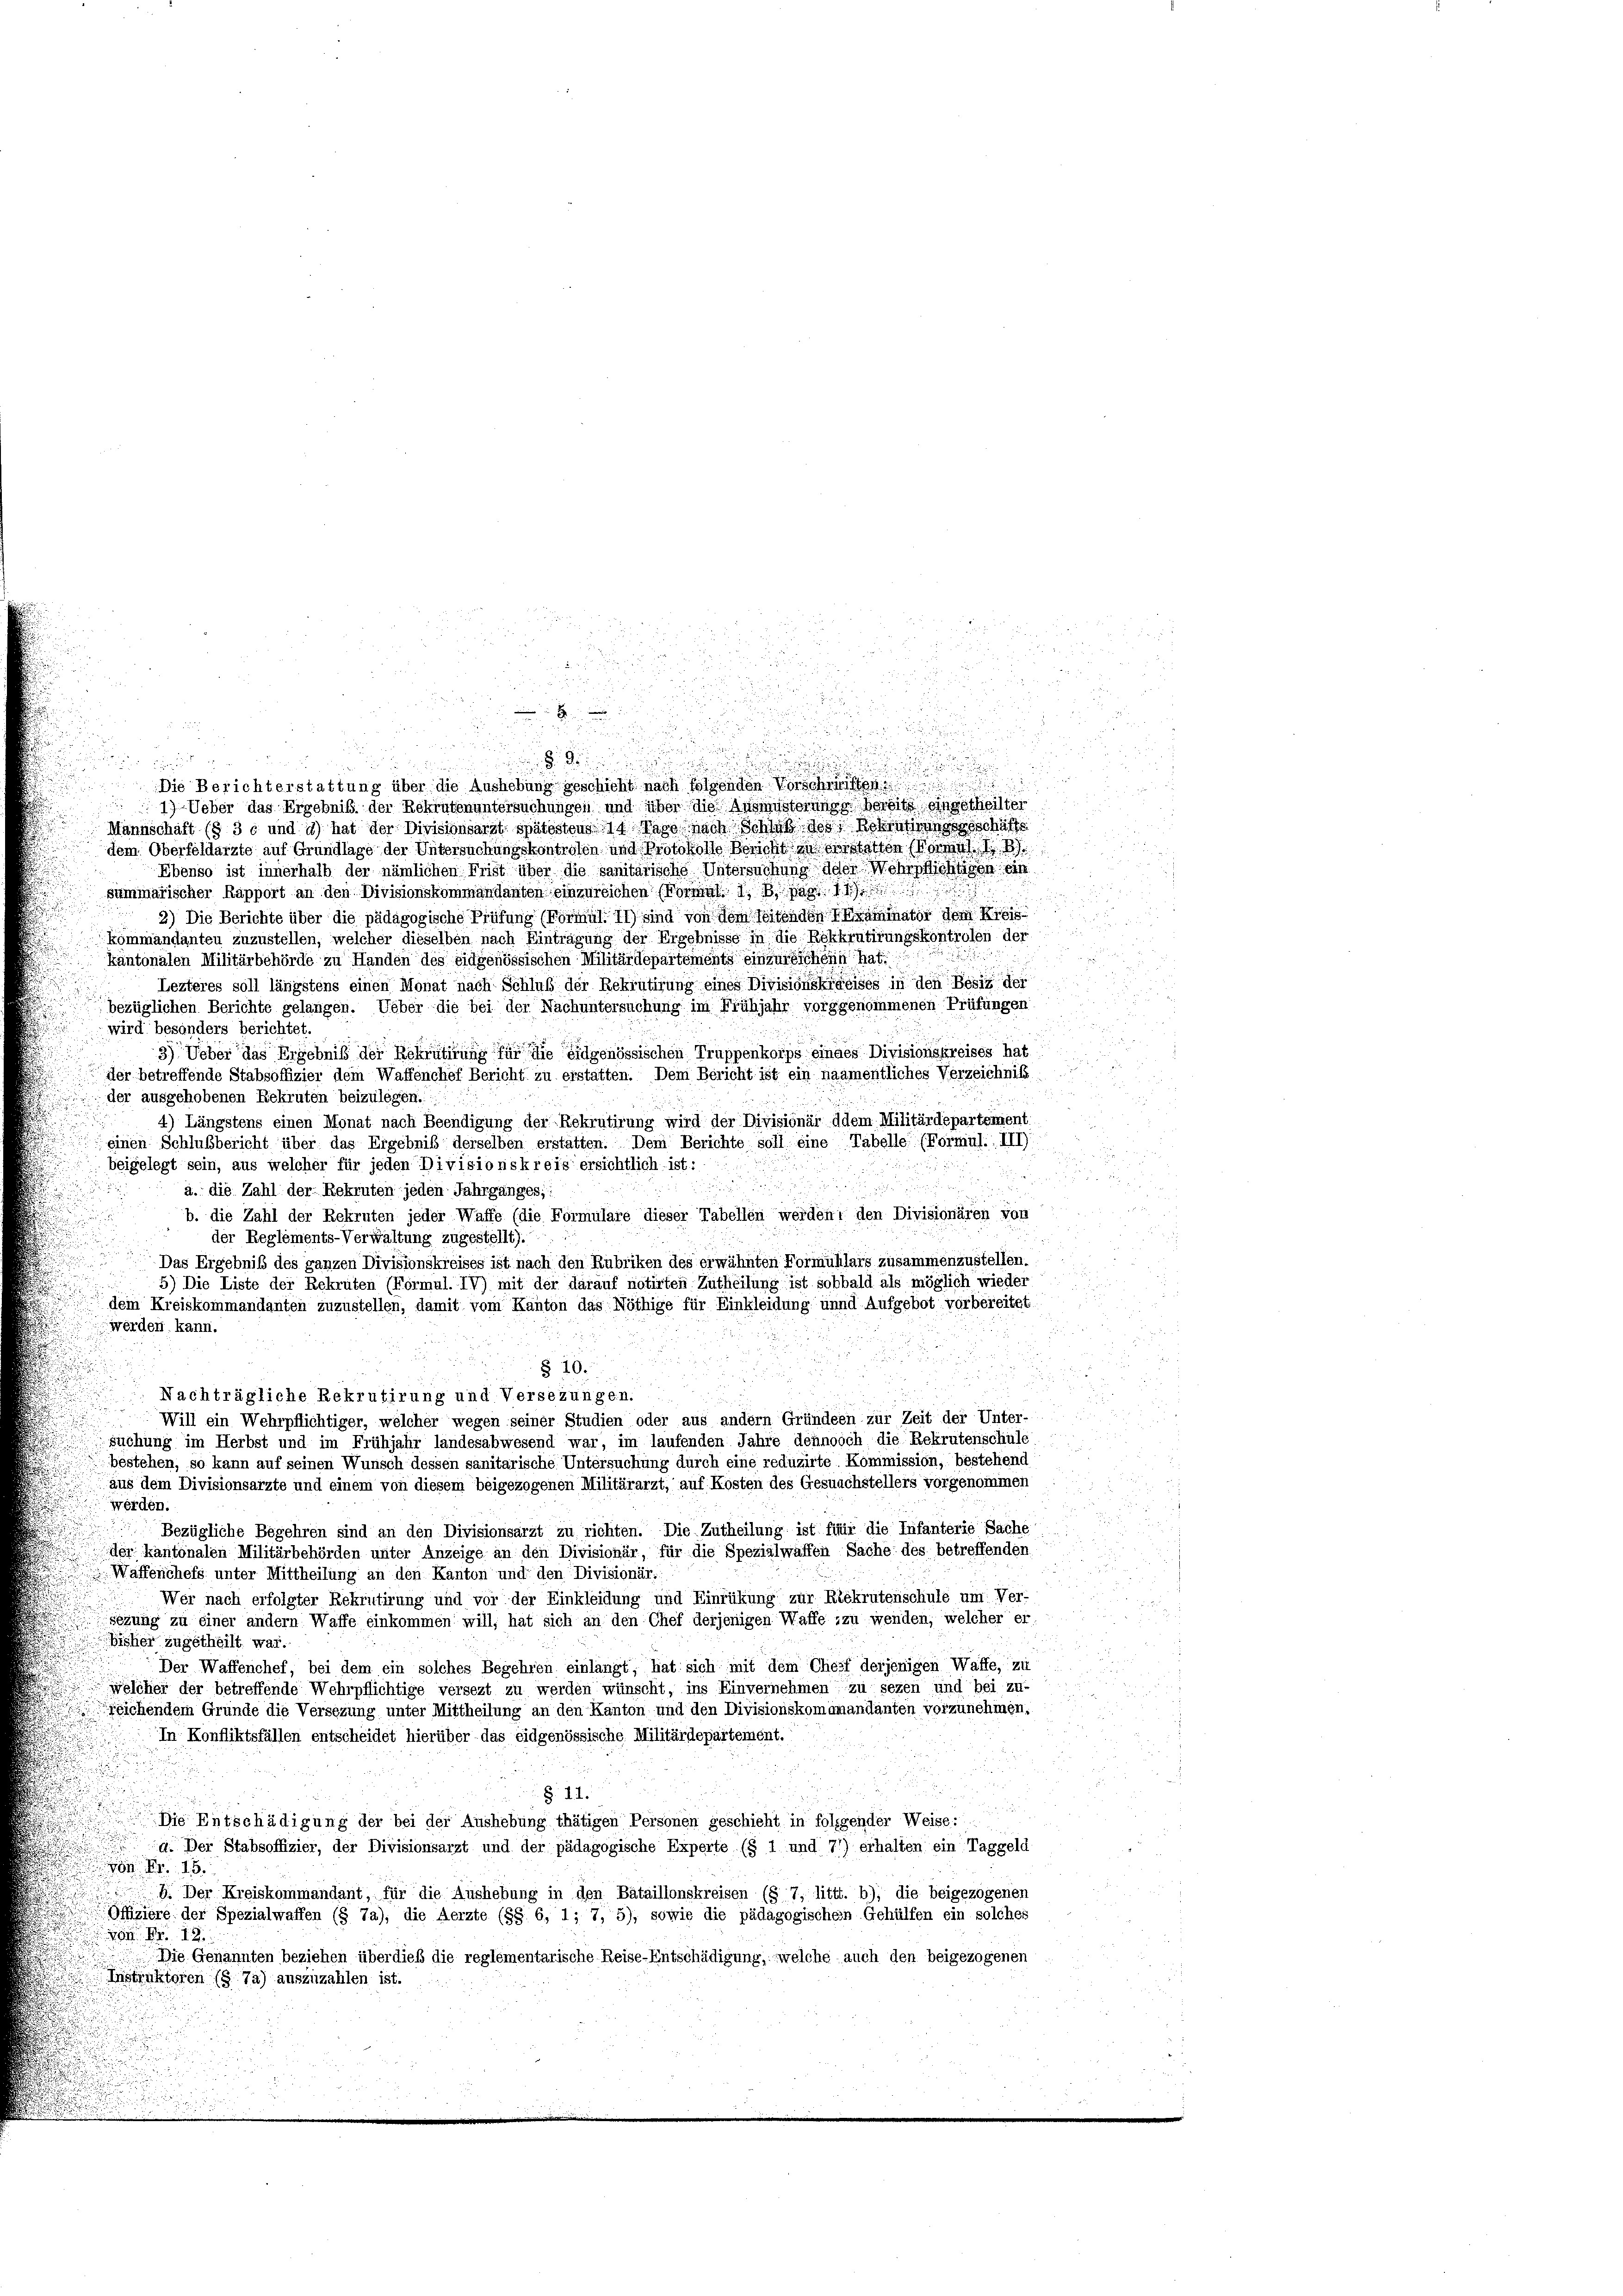
2

2

r
e

17.

Die Berichterstattung über die Aushebung geschicht nach folgenden Vorschweiften
19-Ueber das Ergebnis, der Rekrutenuntersuchungen und über die Ausmüsterungs bereits eingetheilter
Mannschaft (§ 3 c und d) hat der Divisionsarzt spätestens 14. Tage nach Schlaß des Rekrutingeschäft
dem Oberfeldärzte auf Grundlage der Untersuchungskontrolen, und Protokolle Bericht in Forstatten (Formal
Ebenso ist innerhalb der nämlichen Frist über die sanitärische Untersuchung der Wehrlichtigen ein
summarischer Rapport an den Divisionskommandanten einzureichen (Formal. 1, 3. pag 1
2) Die Berichte über die pädagogische Prüfung (Formul. 11) sind von dem Seitenden Examinator dem Kisse
kommandanten zuzustellen, welcher dieselben nach Eintragung der Ergebnisse in die Rekkrutirungskontrolen der
kantonalen Militärbehörde zu Handen des Eidgenössischen Militärdepartements einzureichen hat.
Lezteres soll längstens einen Monat nach Schluß der Rekrutirung eines Divisionskreises in den Besit der
bezüglichen Berichte gelangen. Ueber die bei der Nachuntersuchung im Frühjahr vorggenommenen Prüfungen
wird besonders berichtet.
3) Ueber das Ergebniß der Rekrutirung für die eidgenössischen Truppenkorps eindes Divisionskreises hat
der betreffende Stabsoffizier dem Waffenchef Bericht zu erstatten. Dem Bericht ist ein naamentliches Verzeichniß
der ausgehobenen Rekruten beizulegen.
4) Längstens einen Monat nach Beendigung der Rekrutirung wird der Divisionär ddem Militärdepartement.
einen Schlußbericht über das Ergebniß derselben erstatten. Dem Berichte soll eine Tabelle (Formul. III)
u
beigelegt sein, aus welcher für jeden Divisionskreis ersichtlich ist:

.

a. die Zahl der Rekruten jeden Jahrganges,
b. die Zahl der Rekruten jeder Waffe (die Formulare dieser Tabellen werden, den Divisionären von
der Reglements-Verwaltung zugestellt).
Das Ergebniß des ganzen Divisionskreises ist nach den Rubriken des erwähnten Formuhlars zusammenzustellen.
5) Die Liste der Rekruten (Formul. IV) mit der darauf notirten Zutheilung ist sobbald als möglich wieder
dem Kreiskommandanten zuzustellen, damit vom Kanton das Nöthige für Einkleidung unnd Aufgebot vorbereitet
werden kann.
.
.
§ 10.
Nachträgliche Rekrutirung und Versezungen.
Will ein Wehrpflichtiger, welcher wegen seiner Studien oder aus andern Gründeen zur Zeit der Unter-
suchung im Herbst und im Frühjahr landesabwesend war, im laufenden Jahre dennoch die Rekrutenschüle
bestehen, so kann auf seinen Wunsch dessen sanitarische Untersuchung durch eine reduzirte Kommission, bestehend
aus dem Divisionsarzte und einem von diesem beigezogenen Militärarzt, auf Kosten des Gesuchstellers vorgenommen
werden.
Bezügliche Begehren sind an den Divisionsarzt zu richten. Die Zutheilung ist für die Infanterie Sache
der kantonalen Militärbehörden unter Anzeige an den Divisionär, für die Spezialwaffen Sache des betreffenden
Waffenchefs unter Mittheilung an den Kanton und den Divisionär
Wer nach erfolgter Rekrutirung und vor der Einkleidung und Einrükung zur Riekrutenschule um Ver-
sezung zu einer andern Waffe einkommen will, hat sich an den Chef derjenigen Waffe zu wenden, welcher er
Bisher zugetheilt war.
Der Waffenchef, bei dem ein solches Begehren einlängt, hat sich mit dem Chef derjenigen Waffe, zu
welcher der betreffende Wehrpflichtige versezt zu werden wünscht, ins Einvernehmen zu sezen und bei zu-
fsichendem Gründe die Versezung unter Mittheilung an den Kanton und den Divisionskommandanten vorzunehmen,
In Konfliktsfällen entscheidet hierüber das eidgenössische Militärdepartement.
§. 44.
Die Entschädigung der bei der Aushebung thätigen Personen geschieht in folgender Weise:
a. Der Stabsoffizier, der Divisionsarzt und der pädagogische Experte (§ 1 und 71) erhalten ein Taggeld
von Nr. 15.
6. Der Kreiskommandant, für die Aushebung in den Bataillonskreisen (§ 7, littt. b); die beigezogenen
Offiziere der Spezialwaffen (§ 7a), die Aerzte (§§ 6, 1; 7, 5), sowie die pädagogischem Gehülfen ein solches
764. 12
Die Genannten beziehen überdieß die reglementarische Reise-Entschädigung, welche auch den beigezogenen
Instruktoren (§ 7) auszuzahlen ist.

8

u
u